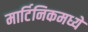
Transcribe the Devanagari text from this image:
मार्टिनिकमध्ये